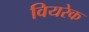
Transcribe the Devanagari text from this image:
वियरेक